Triennial report on the lunatic asylums in the province of Eastern Bengal and Assam - 1903-1911
Year: 1903
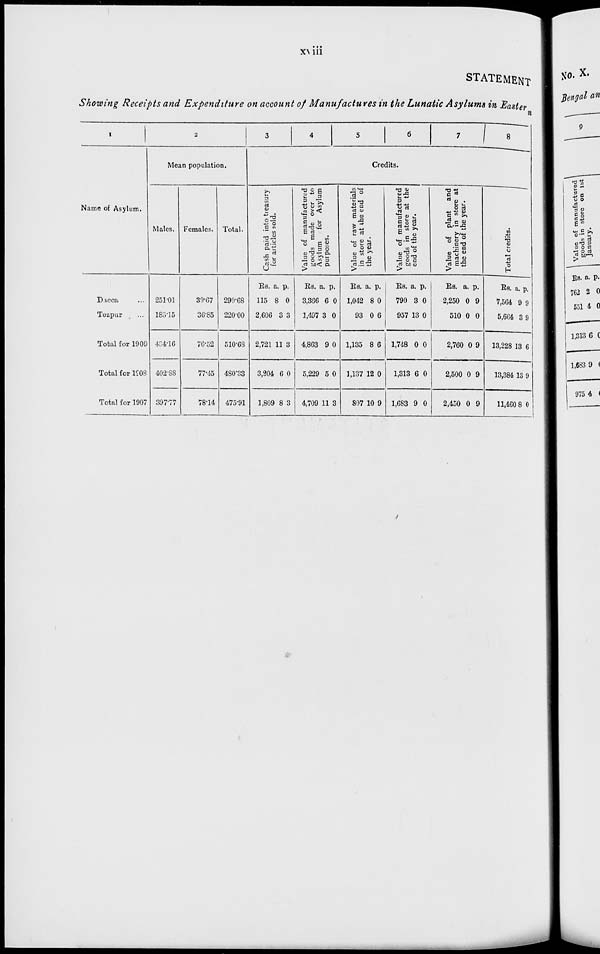
xviii
STATEMENT
Showing Receipts and Expenditure on account of Manufactures in the Lunatic Asylums in Eastern
1
Name of Asylum.
Dacca ...
Tezpur ...
Total for 1909
Total for 1908
Total for 1907
2
Mean population.
Males.
251.01
183.15
434.16
402.88
397.77
Females.
39.67
36.85
76.52
77.45
78.14
Total.
290.68
220.00
510.68
480.33
475.91
3
4
5
6
7
8
Credits.
Cash paid into treasury
for articles sold.
Rs.
115
2,606
2,721
3,204
1,809
a.
8
3
11
6
8
p.
0
3
3
0
3
Value of manufactured
goods made over to
Asylum
for Asylum
purposes.
Rs.
3,366
1,497
4,863
5,229
4,709
a.
6
3
9
5
11
p.
0
0
0
0
3
Value of raw materials
in store at the end of
the year.
Rs.
1,042
93
1,135
1,137
807
a.
8
0
8
12
10
p.
0
6
6
0
9
Value of manufactured
goods in store at the
end of the year.
Rs.
790
957
1,748
1,313
1,683
a.
3
13
0
6
9
p.
0
0
0
0
0
Value of plant and
machinery in store at
the end of the year.
Rs.
2,250
510
2,760
2,500
2,450
a.
0
0
0
0
0
p.
9
0
9
9
9
Total credits.
Rs.
7,564
5,664
13,228
13,384
11,460
a.
9
3
13
13
8
p.
9
9
6
9
0